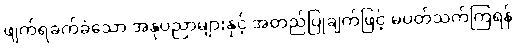
ဖျက်ရခက်ခဲသော အနုပညာများနှင့် အတည်ပြုချက်ဖြင့် မပတ်သက်ကြရန်